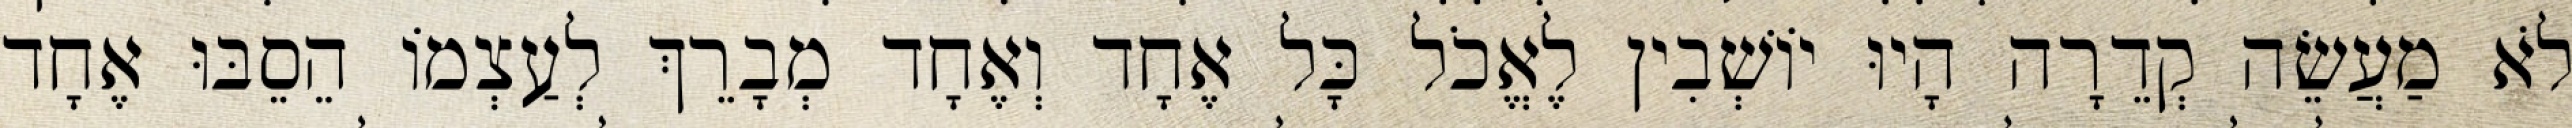
לֹא מַעֲשֵׂה קְדֵרָה הָיוּ יוֹשְׁבִין לֶאֱכֹל כָּל אֶחָד וְאֶחָד מְבָרֵךְ לְעַצְמוֹ הֵסֵבּוּ אֶחָד